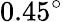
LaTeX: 0.45^{\circ}